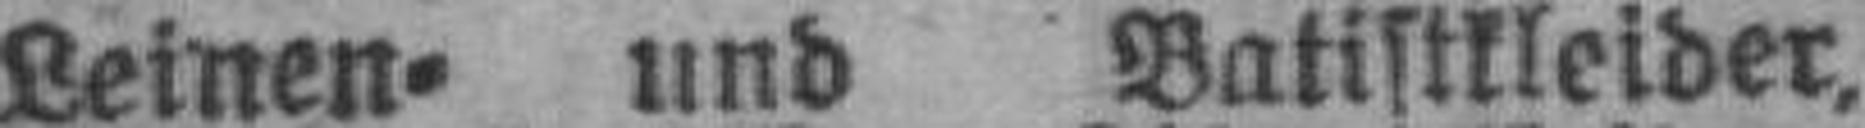
Leinen= und Batistkleider,